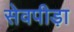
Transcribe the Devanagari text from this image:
सेवपीड़ा